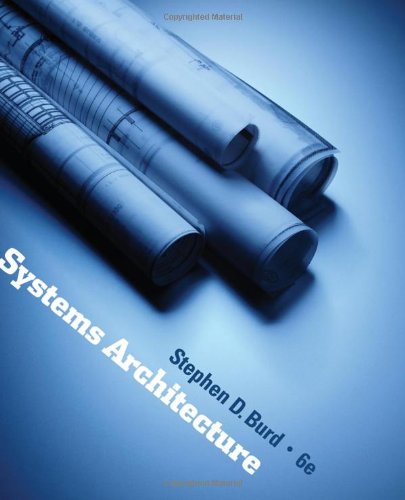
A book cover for Systems Architecture; Stephen D. Burd; Computers & Technology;